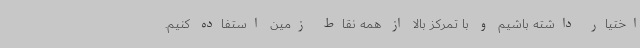
اختیار داشته باشیم و با تمرکز بالا از همه نقاط زمین استفاده کنیم.